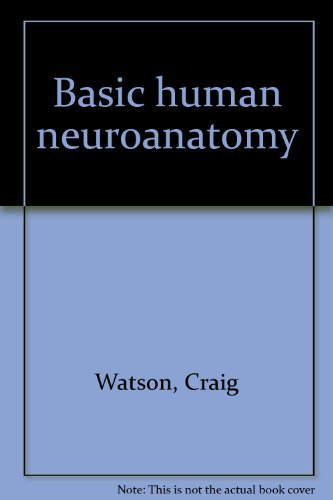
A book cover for Basic human neuroanatomy: An introductory atlas; Craig Watson; Medical Books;